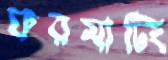
ফরমাটিং